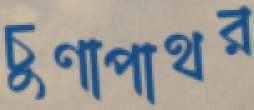
চুণাপাথর